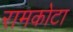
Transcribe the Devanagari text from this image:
रामकोटा